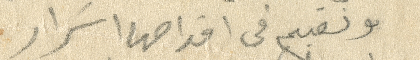
ونقيم في اقدامها اسرار